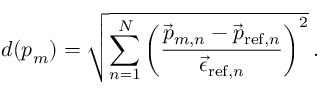
d ( \boldsymbol { p } _ { m } ) = \sqrt { \sum _ { n = 1 } ^ { N } \left( \frac { \vec { p } _ { m , n } - \vec { p } _ { \mathrm { r e f } , n } } { \vec { \epsilon } _ { \mathrm { r e f } , n } } \right) ^ { 2 } } \, .